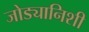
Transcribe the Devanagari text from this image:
जोड्यानिशी